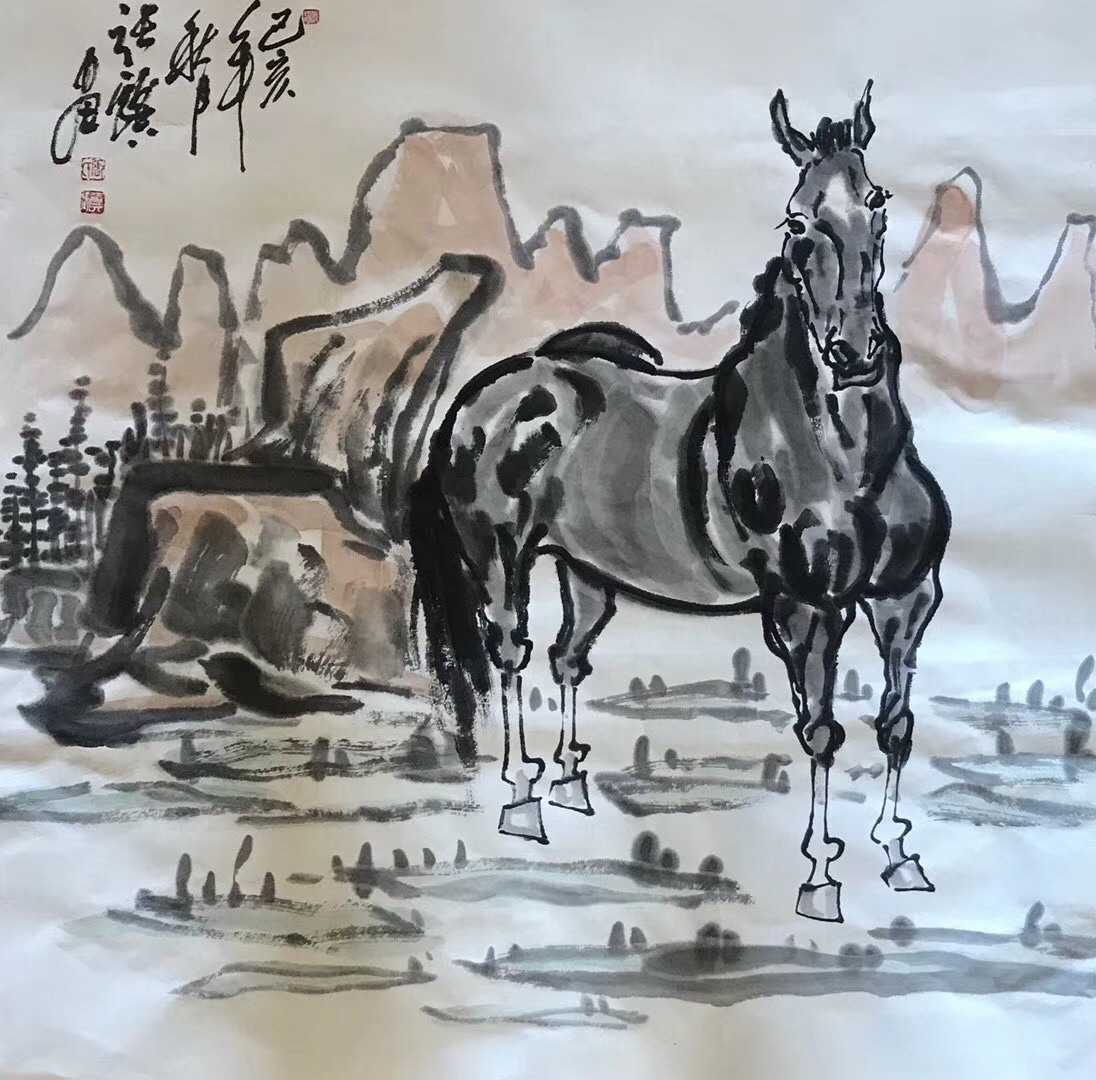
汗血每随边地苦，蹄伤不惮陇阴寒。